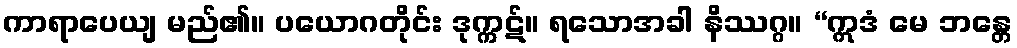
ကာရာပေယျ မည်၏။ ပယောဂတိုင်း ဒုက္ကဋ်။ ရသောအခါ နိဿဂ္ဂ။ “ဣဒံ မေ ဘန္တေ